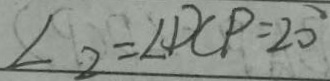
\angle 2 = \angle D C P = 2 0 ^ { \circ }